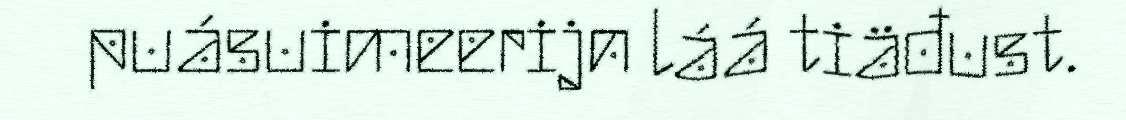
puásuimeerijn láá tiäđust.